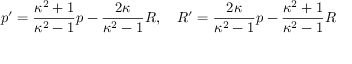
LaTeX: p ^ { \prime } = { \frac { \kappa ^ { 2 } + 1 } { \kappa ^ { 2 } - 1 } } p - { \frac { 2 \kappa } { \kappa ^ { 2 } - 1 } } R , \quad R ^ { \prime } = { \frac { 2 \kappa } { \kappa ^ { 2 } - 1 } } p - { \frac { \kappa ^ { 2 } + 1 } { \kappa ^ { 2 } - 1 } } R